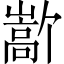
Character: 𫶜